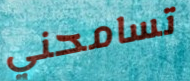
تسامحني